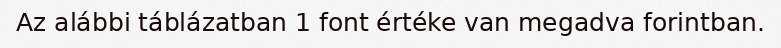
Az alábbi táblázatban 1 font értéke van megadva forintban.